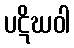
ပဋိဃဝါ